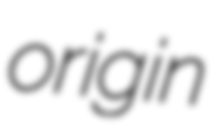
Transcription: origin